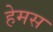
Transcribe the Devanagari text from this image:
हेमस